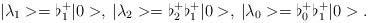
\begin{align*}\vert \lambda_1 >= \flat_1^+ \vert 0 >, \>\vert \lambda_2 >= \flat_2^+ \flat_1^+\vert 0 >, \>\vert \lambda_0 >= \flat_0^+ \flat_1^+\vert 0 >.\end{align*}